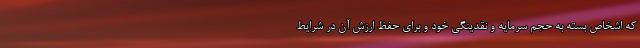
که اشخاص بسته به حجم سرمایه و نقدینگی خود و برای حفظ ارزش آن در شرایط